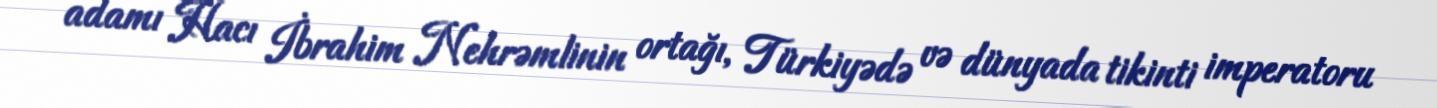
adamı Hacı İbrahim Nehrəmlinin ortağı, Türkiyədə və dünyada tikinti imperatoru